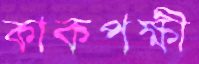
কাকপক্ষী